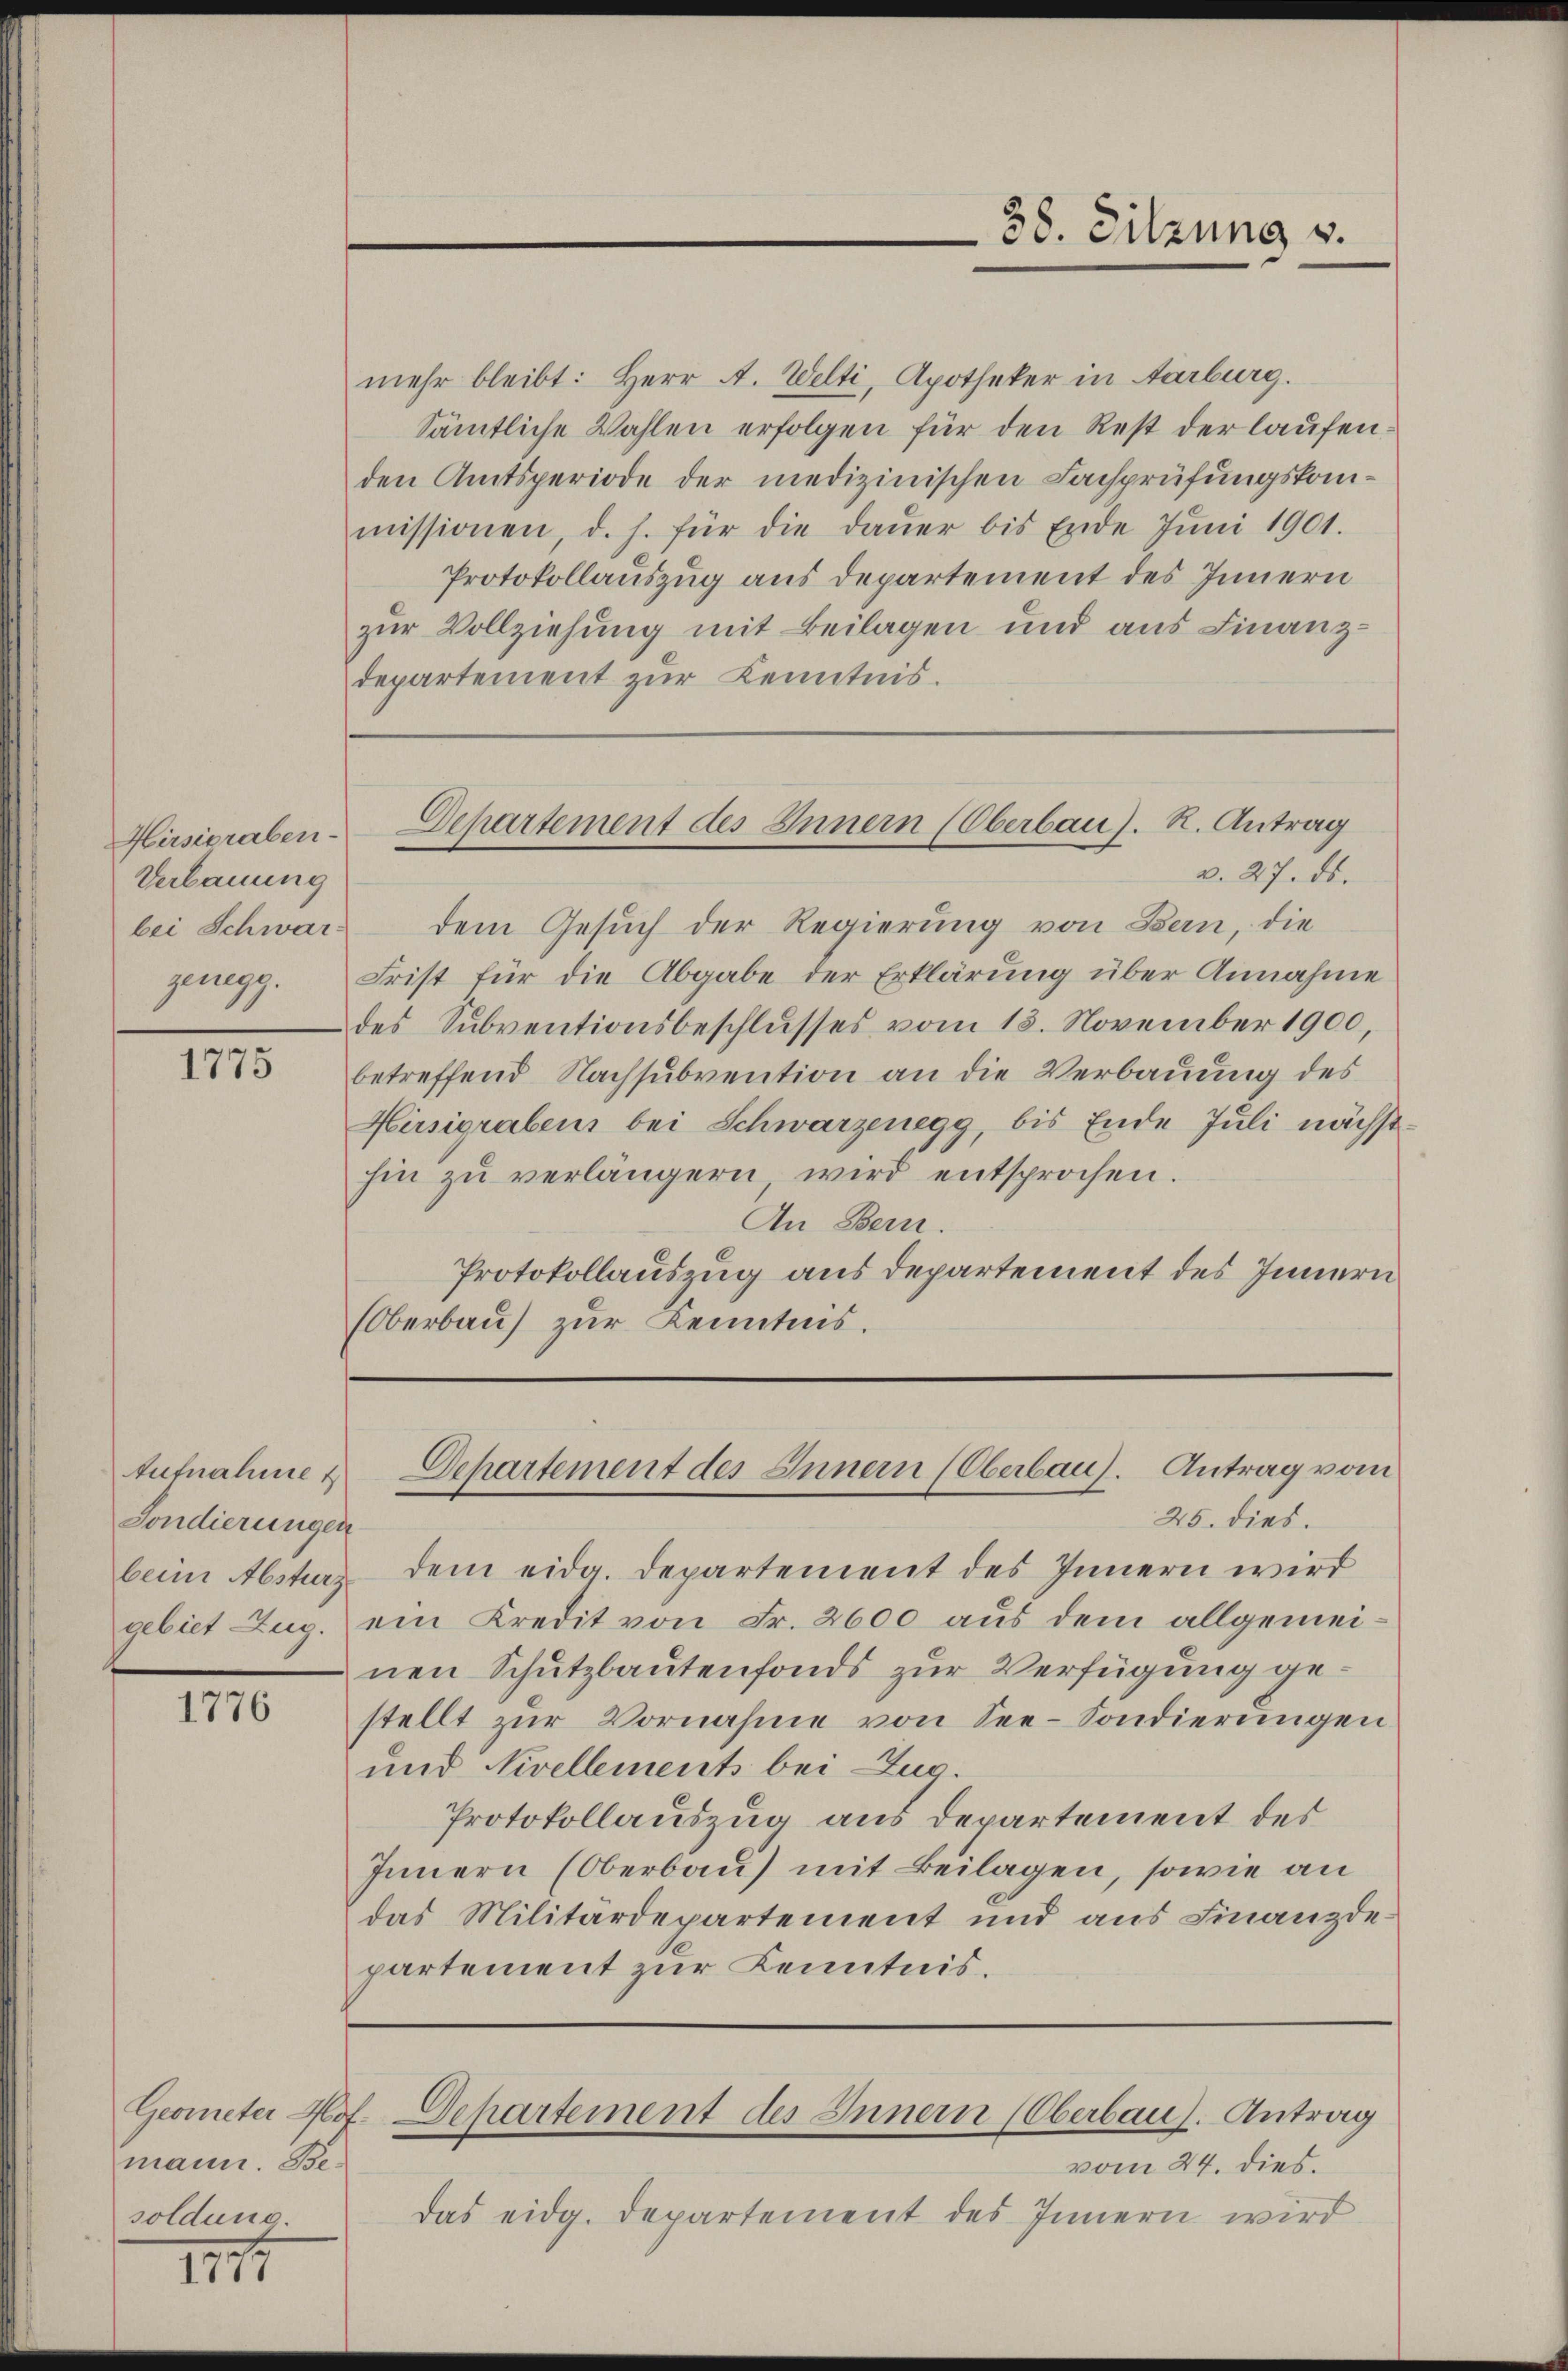
Hirsigraben-
Verbauung
bei Schwar
zenegg.

1775

Aufnahme
Sondierungen
beim Absturz
gebiet Zug.

1776

mann. Besoldung.

III

mehr bleibt: Herr A. Welti, Apotheker in Aarburg.
Sämtliche Wahlen erfolgen für den Rest der laufenden Amtsperiode der medizinischen Fachprüfungskommissionen, d. h. für die daŭer bis Ende Jŭni 1901.
Protokollauszug aus Departement des Innern
zur Vollziehung mit Beilagen und aus Finanz-
departement zur Kenntnis.

38. Sitzung v.

dem Gesuch der Regierung von Bern, die
Frist für die Abgabe der Erklärung über Annahme
des Subventionsbeschlusses vom 13. November 1900,
betreffend Nachsubvention an die Verbauung des
Hirsigrabens bei Schwarzenegg, bis Ende Juli nächst-
hin zŭ verlängern wird entsprochen.
An Bern.
Protokollauszug aus Departement des Innern
(Oberbau zur Kenntnis.

Departement des Innern (Oberbau). R. Antrag
v. 27. ds.

25. dies.
dem eidg. Departement des Innern wird
ein Kredit von Fr. 2600 aus dem allgemeinen Schutzbautenfonds zur Verfügung gestellt zŭr Vornahme von See- Sondierungen
und Nivellements bei Zug.
Protokollauszug aus Departement des
Innern (Oberbau) mit Beilagen, sowie an
das Militärdepartement und aus Finanzdepartement zur Kenntnis.
Geometer Prof. Departement des Innern (Oberbaus. Antrag
vom 24. dies.
das eidg. Departement des Innern wird

Departement des Innern (Oberbau). Antrag vom